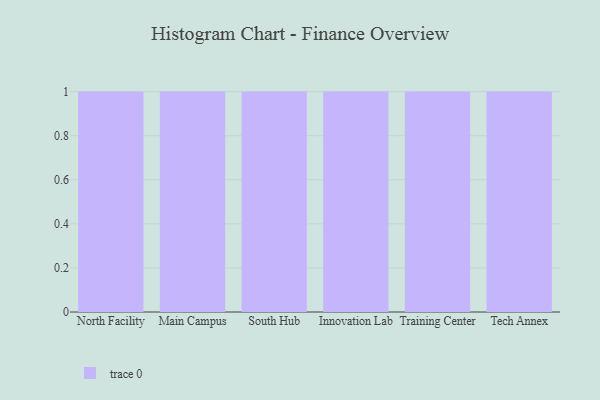
{"axis": {"x": "Campus", "y": "Churn Rate (%)"}, "legend": [""], "data": [{"x": "North Facility", "y": 100, "type": ""}, {"x": "Main Campus", "y": 26, "type": ""}, {"x": "South Hub", "y": 37, "type": ""}, {"x": "Innovation Lab", "y": 90, "type": ""}, {"x": "Training Center", "y": 82, "type": ""}, {"x": "Tech Annex", "y": 48, "type": ""}]}